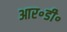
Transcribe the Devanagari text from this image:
आर॰डी॰